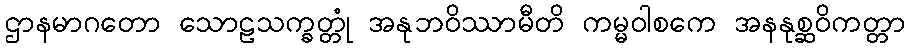
ဌာနမာဂတော သောဠသက္ခတ္တုံ အနုဘဝိဿာမီတိ ကမ္မဝါစကေ အနနုစ္ဆဝိကတ္တာ